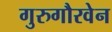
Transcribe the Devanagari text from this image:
गुरुगौरवेन